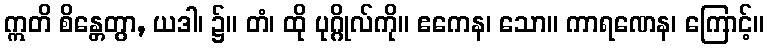
ဣတိ စိန္တေတွာ, ယဒါ၊ ၌။ တံ၊ ထို ပုဂ္ဂိုလ်ကို။ ဧကေန၊ သော။ ကာရဏေန၊ ကြောင့်။